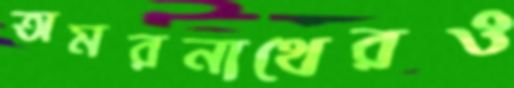
অমরনাথেরও